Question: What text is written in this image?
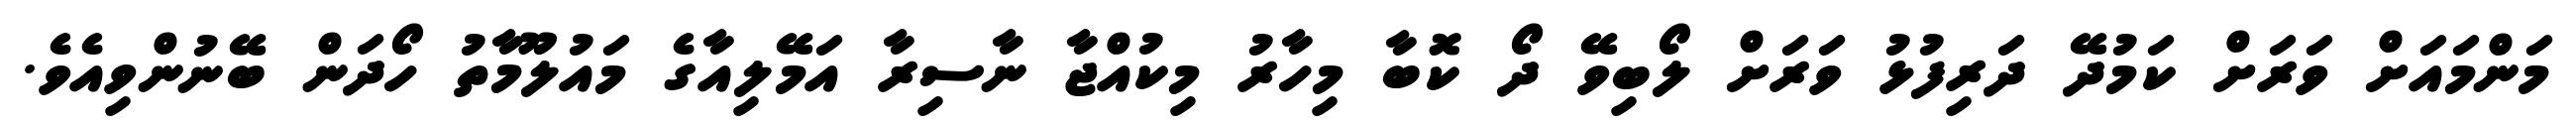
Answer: މަންމައަށް ވަރަށް ކަމުދޭ ދަރިފުޅު ވަރަށް ލޯބިވޭ ދޯ ކޮބާ މިހާރު މިކުއްޖާ ނާސިރާ އަމޭލިއާގެ މައުލޫމާތު ހޯދަން ބޭނުންވިއެވެ.